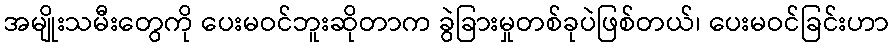
အမျိုးသမီးတွေကို ပေးမဝင်ဘူးဆိုတာက ခွဲခြားမှုတစ်ခုပဲဖြစ်တယ်၊ ပေးမဝင်ခြင်းဟာ